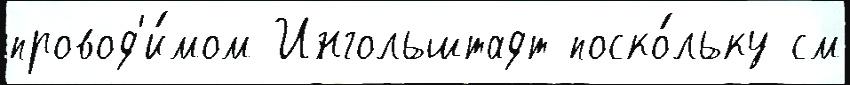
провод'и́мом Ингольштадт поско́льку см